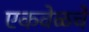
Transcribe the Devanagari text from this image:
एकवेळचे